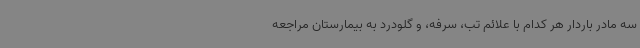
سه مادر باردار هر کدام با علائم تب، سرفه، و گلودرد به بیمارستان مراجعه